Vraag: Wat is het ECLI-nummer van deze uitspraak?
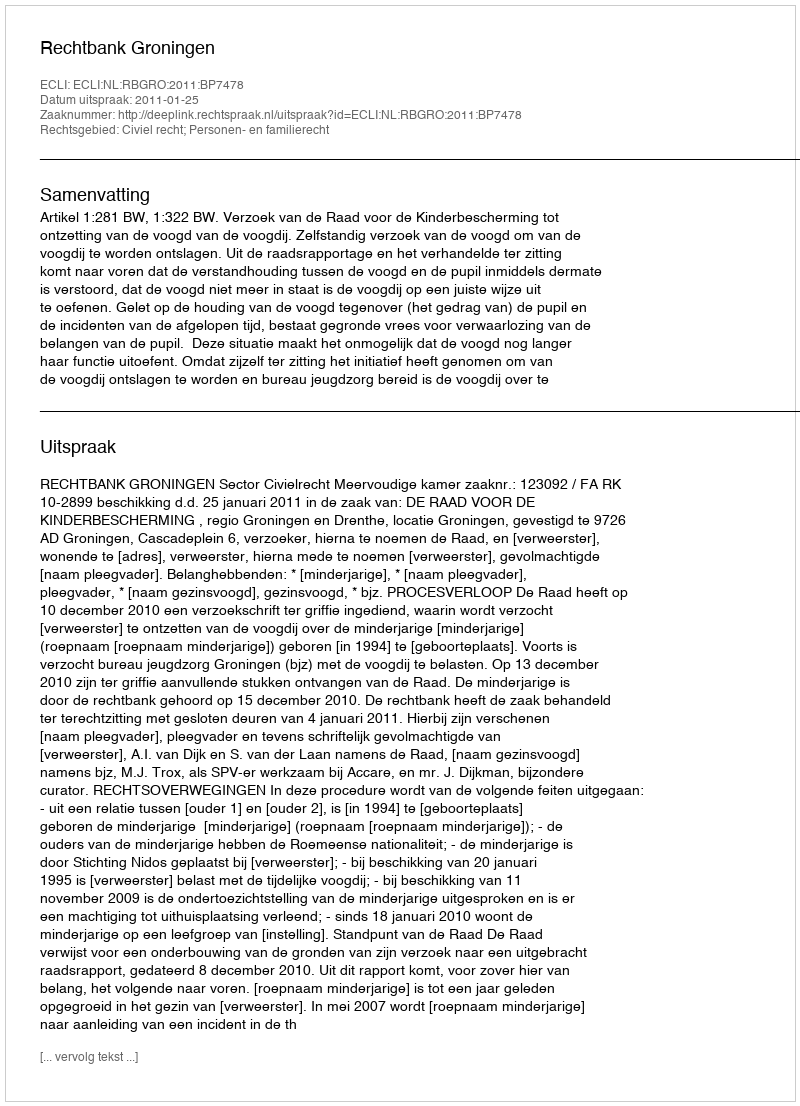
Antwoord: ECLI:NL:RBGRO:2011:BP7478